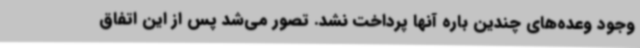
وجود وعده‌های چندین باره آنها پرداخت نشد. تصور می‌شد پس از این اتفاق